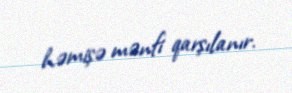
həmişə mənfi qarşılanır.